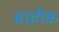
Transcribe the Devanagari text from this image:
बाहीक